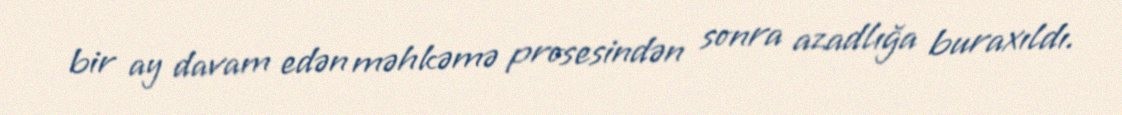
bir ay davam edən məhkəmə prosesindən sonra azadlığa buraxıldı.